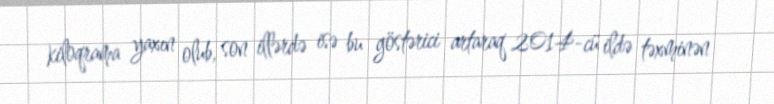
kiloqrama yaxın olub, son illərdə isə bu göstərici artaraq 2014-cü ildə təxminən